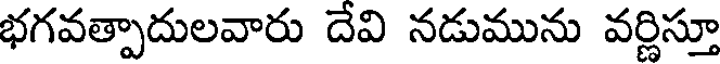
భగవత్పాదులవారు దేవి నడుమును వర్ణిస్తూ